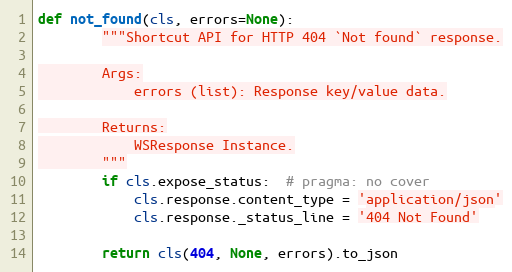
Language: Python
def not_found(cls, errors=None):
        """Shortcut API for HTTP 404 `Not found` response.

        Args:
            errors (list): Response key/value data.

        Returns:
            WSResponse Instance.
        """
        if cls.expose_status:  # pragma: no cover
            cls.response.content_type = 'application/json'
            cls.response._status_line = '404 Not Found'

        return cls(404, None, errors).to_json